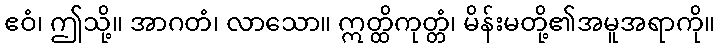
ဧဝံ၊ ဤသို့။ အာဂတံ၊ လာသော။ ဣတ္ထိကုတ္တံ၊ မိန်းမတို့၏အမူအရာကို။